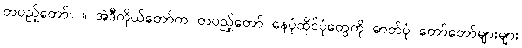
တပည့်တော်။ ။ အဲဒီကိုယ်တော်က တပည့်တော် နေပုံထိုင်ပုံတွေကို ဓာတ်ပုံ တော်တော်များများ